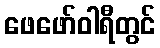
ဖေဖော်ဝါရီတွင်